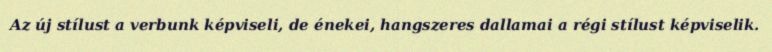
Az új stílust a verbunk képviseli, de énekei, hangszeres dallamai a régi stílust képviselik.